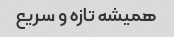
همیشه تازه و سریع